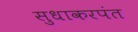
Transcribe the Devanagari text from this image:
सुधाकरपंत